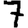
Digit: 7